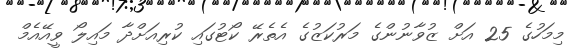
މިމަހުގެ 25 އަށް ޒުވާނުންގެ މަރުކަޒުގެ އެތެރޭ ކޯޓުގައި ކުރިއަށްދާ މައިލޯ ވީއޭއެމް